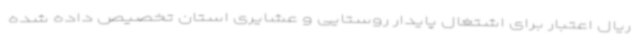
ریال اعتبار برای اشتغال پایدار روستایی و عشایری استان تخصیص داده شده